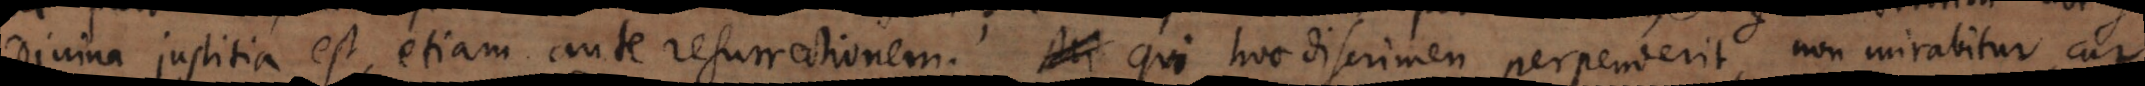
divina justitia est, etiam ante resurrectionem. Qui hoc discrimen perpenderit, non mirabitur, cur